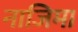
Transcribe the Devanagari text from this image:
नाजिमा